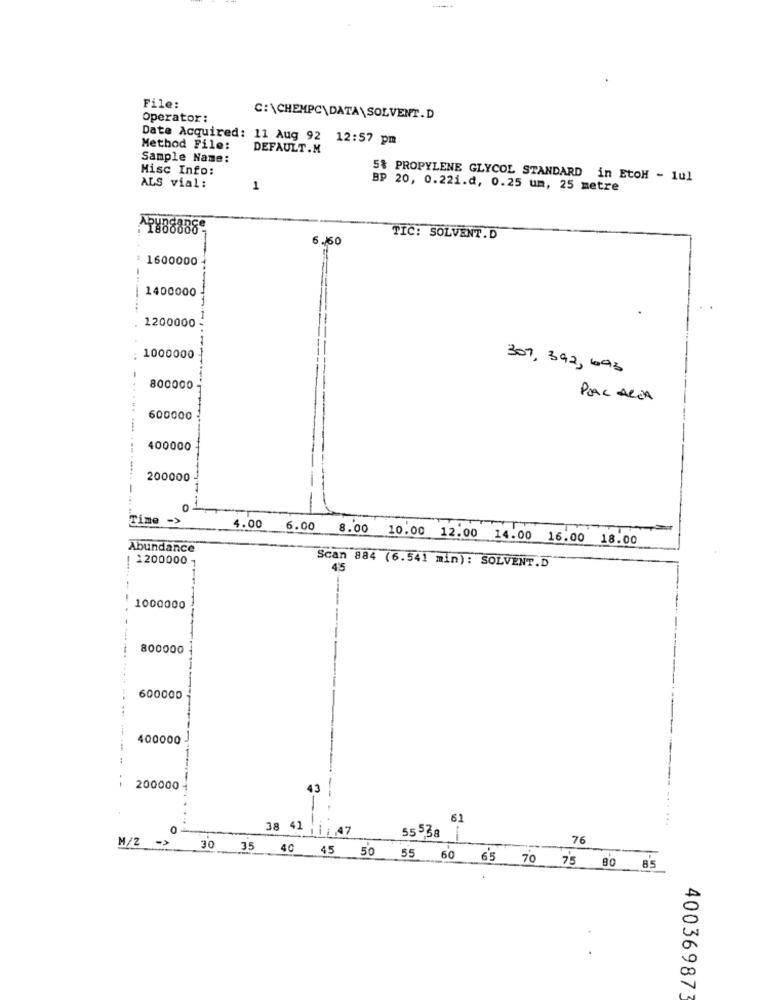
File:
Operator:
C:\CHEMPC\DATA\SOLVENT.D
Date Acquired: 11 Aug 92 12:57 pm
Method File:
DEFAULT.M
Sample Name:
Hisc Info:
5% PROPYLENE GLYCOL STANDARD in EtoH - 1ul
ALS vial:
1
BP 20, 0.22i.d, 0.25 um, 25 metre
6.60
TIC: SOLVENT.D
: 1600000
1400000
1200000
1000000
307, 392,693
800000
PIAC AREA
600000
400000
.....-----...
200000
Time ->
4.00
-
6.00 8.00 10.00 12.00 14.00 16.00 18.00
Abundance
1200000
-
Scan 884 (6.541 min): SOLVENT.D
4'5
1000000
800000
600000
400000
200000
43
61
38 41 |1; , 47
55 538
76
M/2 -> 30 35 40 45 50 55 60 65 70 75 80 85
40036987